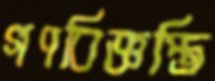
গণবিজ্ঞপ্তি